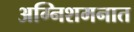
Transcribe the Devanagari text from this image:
अग्निशमनात